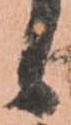
候